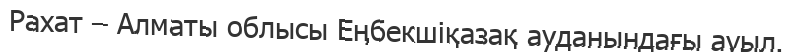
Рахат – Алматы облысы Еңбекшіқазақ ауданындағы ауыл.